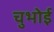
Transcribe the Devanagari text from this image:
चुभोई